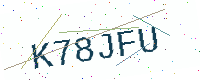
Text: K78JFU